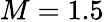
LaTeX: M=1.5